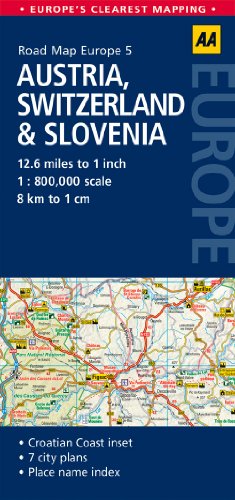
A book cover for Road Map Austria, Switzerland & Slovenia (Road Map Europe); AA Publishing; Travel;